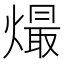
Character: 熶